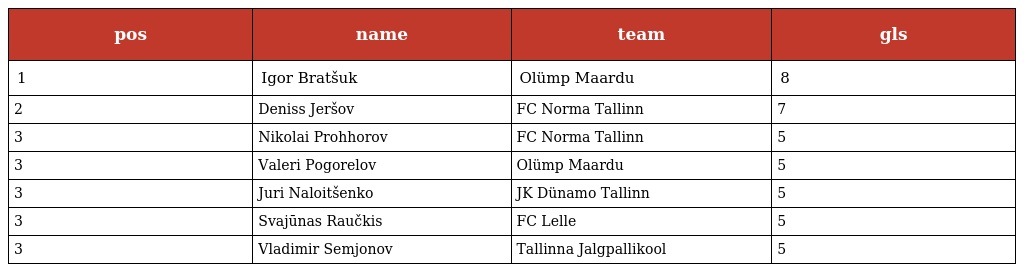
| pos | name | team | gls |
 | --- | --- | --- | --- |
 | 1 | Igor Bratšuk | Olümp Maardu | 8 |
 | 2 | Deniss Jeršov | FC Norma Tallinn | 7 |
 | 3 | Nikolai Prohhorov | FC Norma Tallinn | 5 |
 | 3 | Valeri Pogorelov | Olümp Maardu | 5 |
 | 3 | Juri Naloitšenko | JK Dünamo Tallinn | 5 |
 | 3 | Svajūnas Raučkis | FC Lelle | 5 |
 | 3 | Vladimir Semjonov | Tallinna Jalgpallikool | 5 |